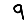
Digit: 9